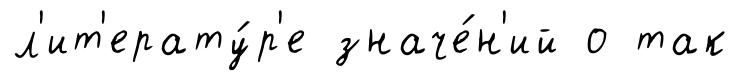
л'ит'ерату́р'е значе́н'ий о так